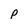
Character: P